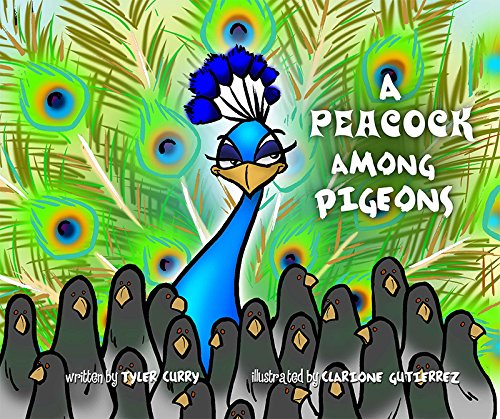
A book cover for A Peacock Among Pigeons; Curry; Children's Books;